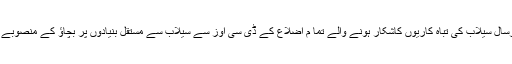
2016ء )پنجاب میں ہرسال سیلاب کی تباہ کاریوں کاشکار ہونے والے تما م اضلاع کے ڈی سی اوز سے سیلاب سے مستقل بنیادوں پر بچاؤ کے منصوبے طلب کر لیے گئے ہیں۔